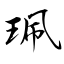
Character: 珮